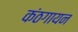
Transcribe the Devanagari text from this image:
कंठगायन